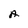
Character: A